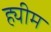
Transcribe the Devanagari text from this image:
ह्यीम